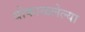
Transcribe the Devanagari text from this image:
बोकाळलेल्या